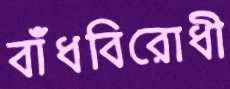
বাঁধবিরোধী